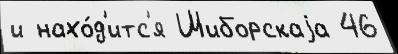
и нахо́д'итс'я Шиборскаjа 46